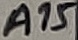
Text: A15